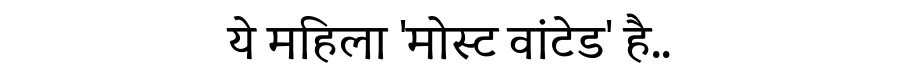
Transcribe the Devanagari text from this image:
ये महिला 'मोस्ट वांटेड' है..